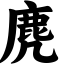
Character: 麂